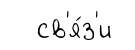
св'я́з'и